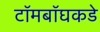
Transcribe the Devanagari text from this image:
टॉमबॉघकडे